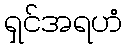
ရှင်အရဟံ